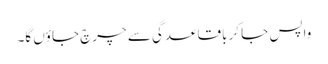
واپس جا کر باقاعدگی سے چرچ جاؤں گا۔